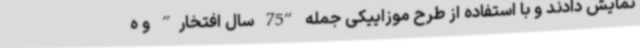
نمایش دادند و با استفاده از طرح موزاییکی جمله “75 سال افتخار” و ه